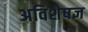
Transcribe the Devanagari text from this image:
अविशेषज्ञ